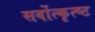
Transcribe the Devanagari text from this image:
सर्वोत्कृत्ष्ट